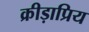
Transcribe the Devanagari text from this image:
क्रीड़ाप्रिय